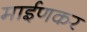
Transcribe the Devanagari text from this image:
माईणकर